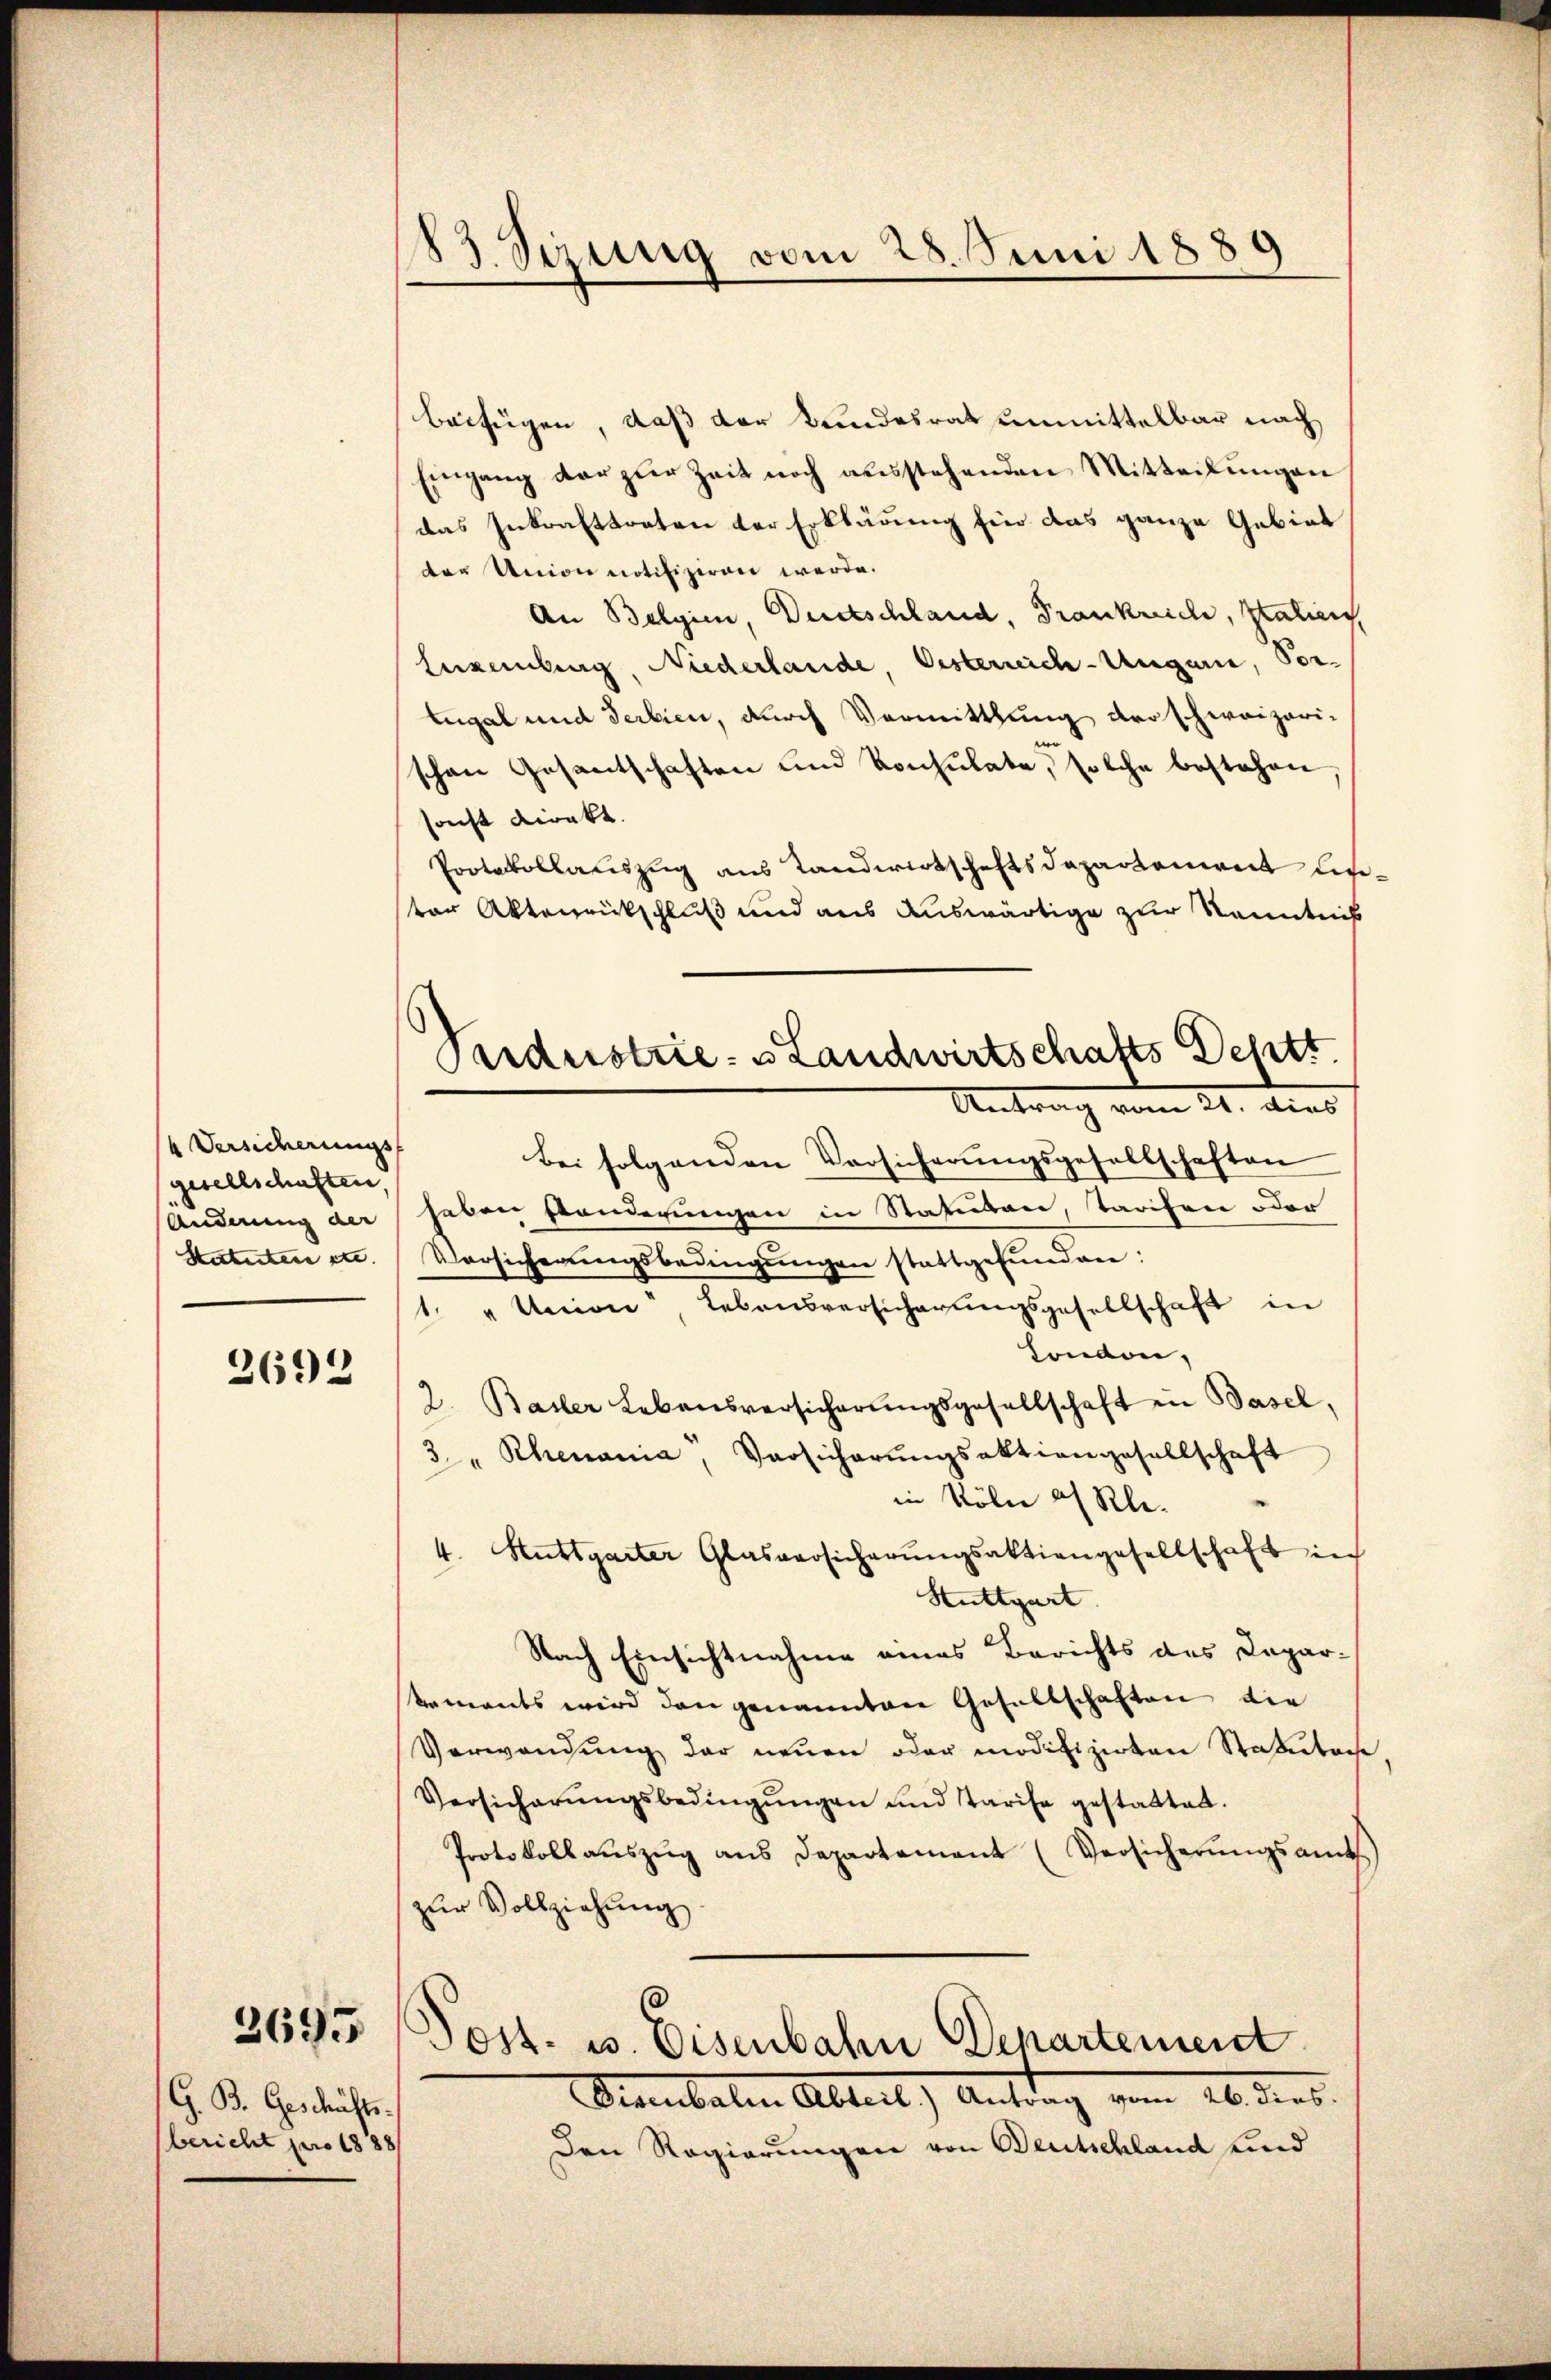
4 Versicherungs
gesellschaften.
Änderung des
Statuten etc.

2692

G. B. Geschäfts-
bericht pro 1888

3695

83. Sitzung vom 28. Juni 1889

Pardustrie-Landwirtschafts Dehtt
Antrag vom 21.

beifügen, daß der Bundesrat unmittelbar nach
Eingang der zŭr Zeit noch aŭsstehenden Mitteilŭngen
das Inkrafttreten der Erklärung für das ganze Gebiet
der Union notifiziren werde.
An Belgien, Dietschland, Frankreich, Salieng,
Lekenburg, Niederlande, Oesterreich-Ungarn, Vor-
Eugal und Serbien, durch Vermittlung der schweizeri-
schen Gesantschaften und Konsulate, solche bestehen
sacht direkt.
Protokollauszug aus Landwirtschaftsdepartement lie
ter Aktenrückschluß und aus auswärtige zur Kenntniß
bei folgenden Vorsicherungsgesellschaften
haben ständerungen in Staturen, Tarifen oder
Versicherungsbedingungen stattgefunden:
1. " Union, Lebensversicherungsgesellschaft in
Jonaon.
2. Basler Lebensversicherŭngsgesellschaft in Basel,
3. " Rhenania, Versicherŭngsaktiengesellschaft
in Köln an Kle¬
4. Stuttgarter Glasversicherŭngsaktiengesellschaft in
Stuttgart
Nach Einsichtnahme eines Berichts des Depar-
tements wird den genanntere Gesellschaften die
Verwandŭng der neuen oder modifizirten Statutach
Versicherŭngsbedingŭngen und Tarife gestattet.
Protokoll aŭszŭg ans Departement (Versicherŭngsamt
zŭr Vollziehung
Post- u. Eisenbahn Departement
Sambalen Abteil) Antrag vom 26. dens.
Den Regierungen von Beutschland Kind